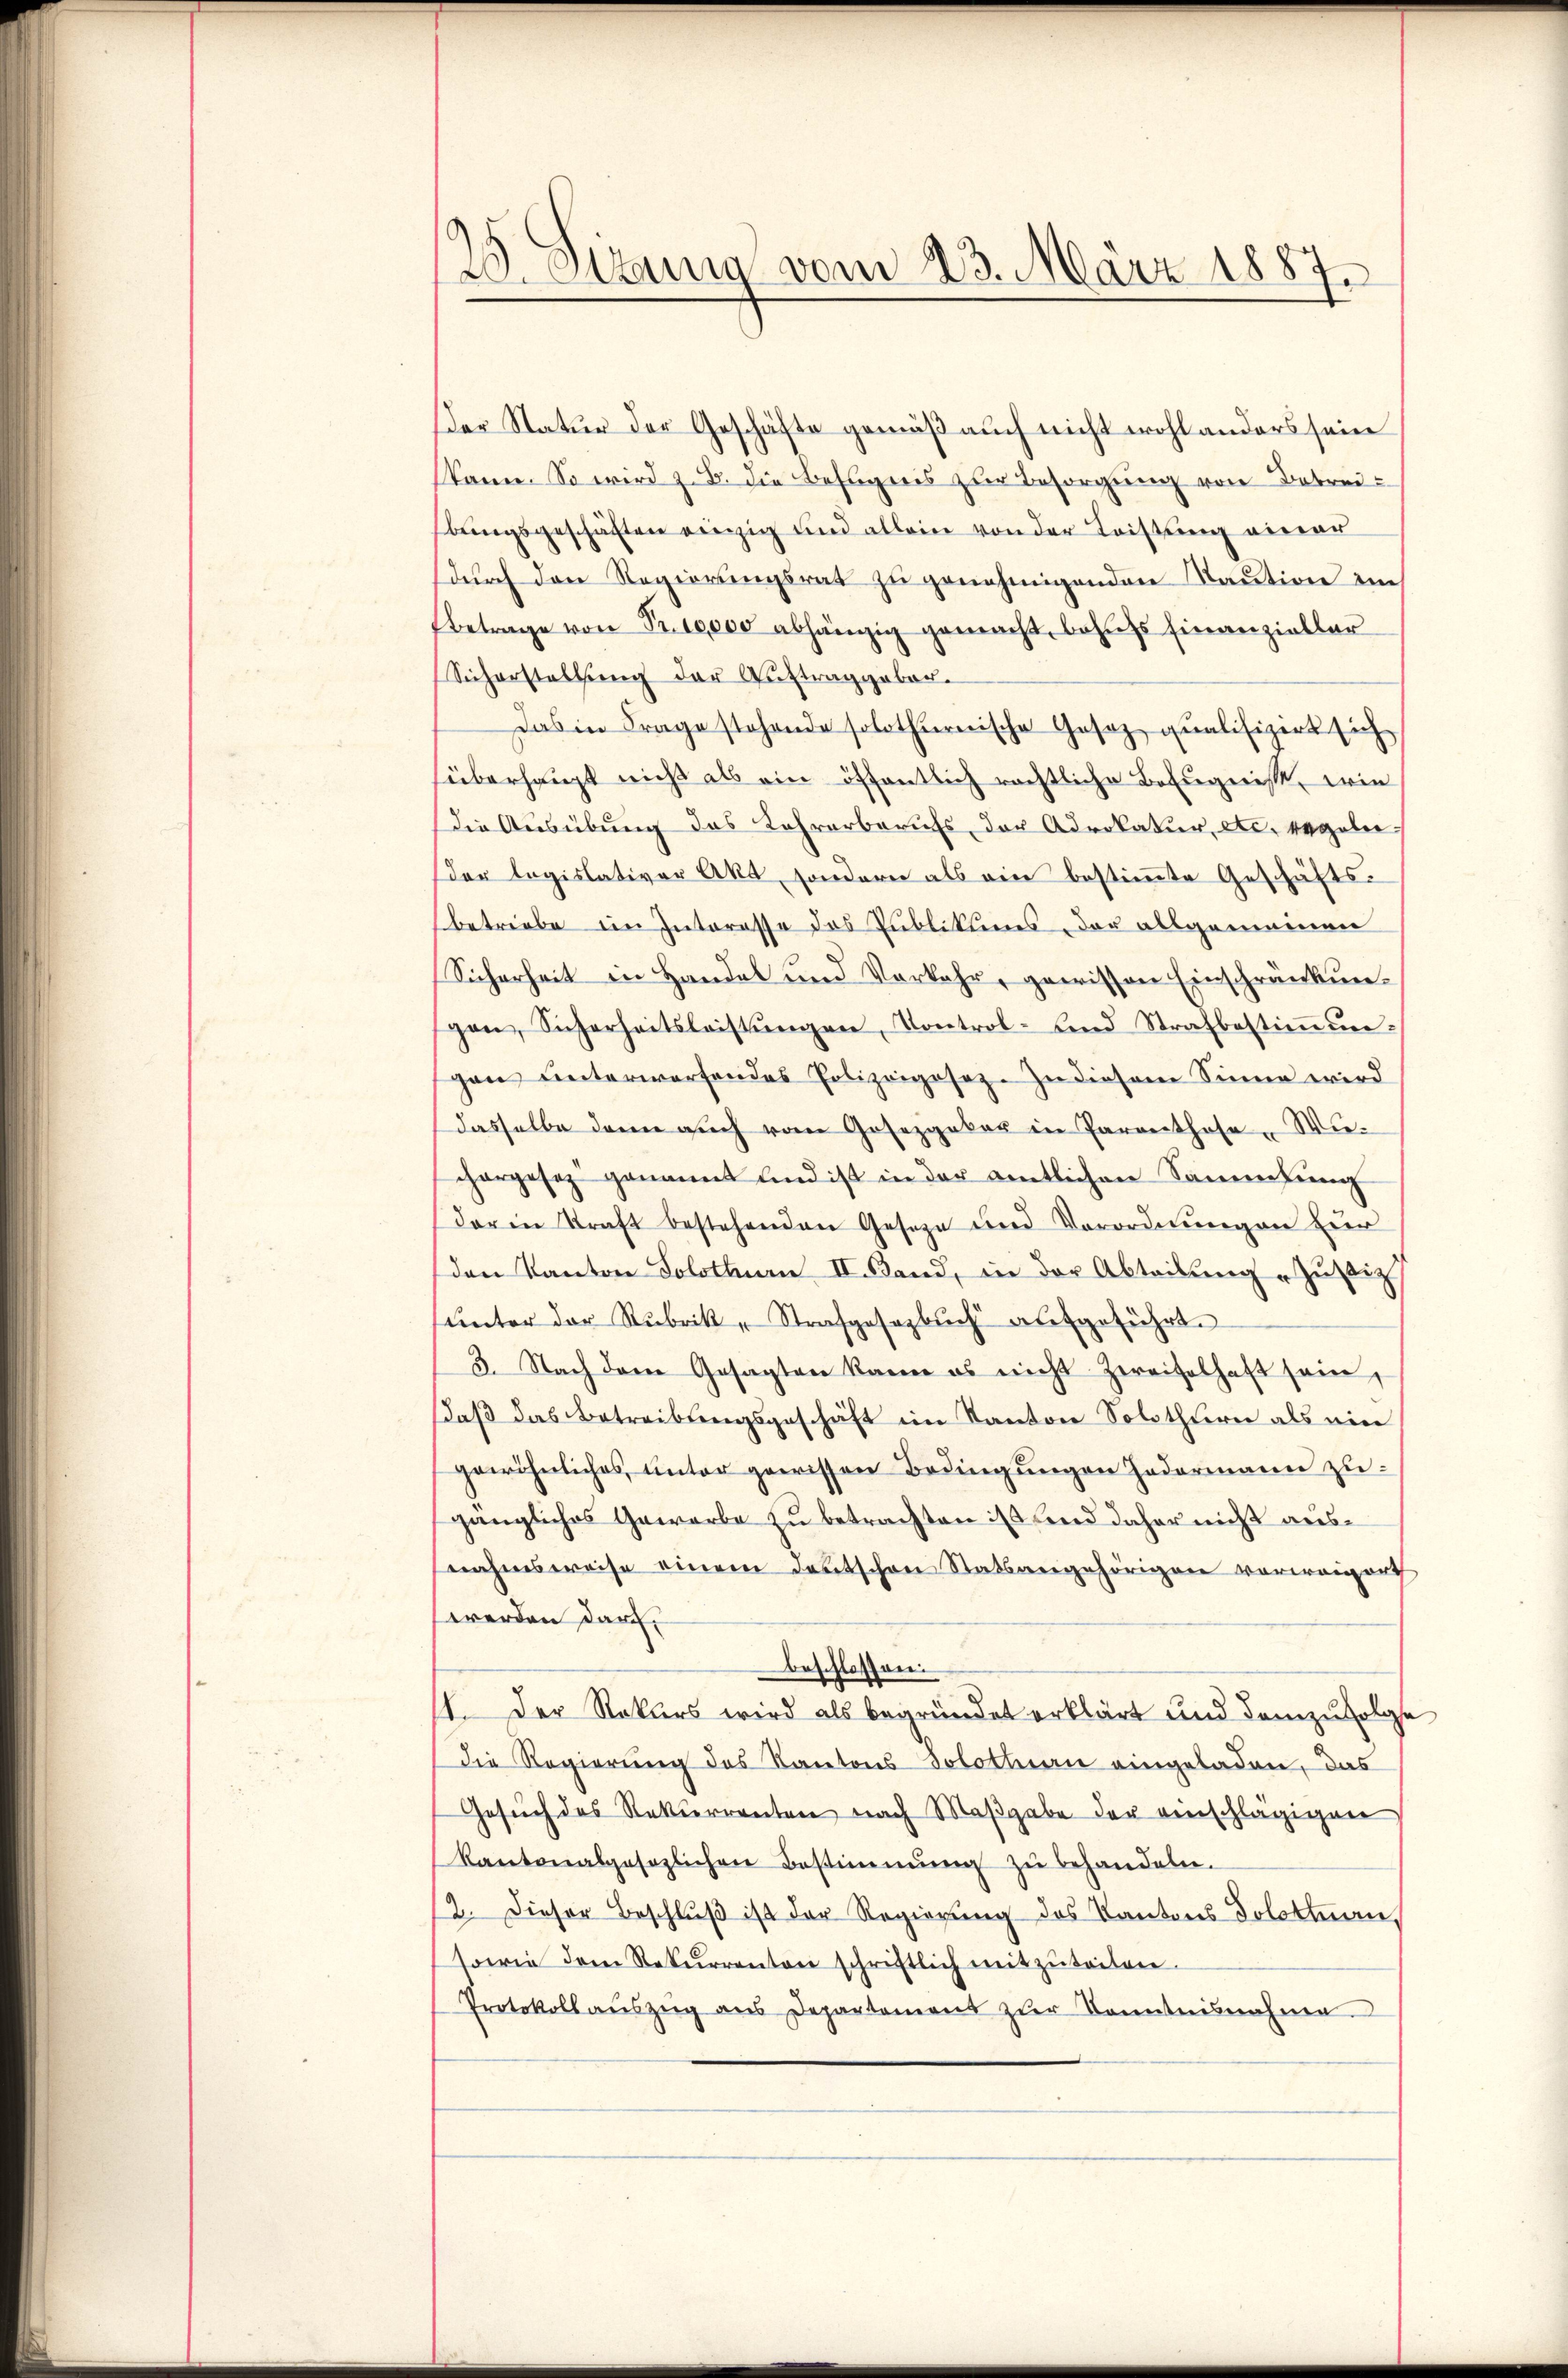
Sizung vom 23. März 1887.

er Natur der Geschäfte gemäß auch nicht wohl anders sein
(kann. So wird z. B. die Befugnis zur Besorgung von Betreibungsgeschäften einzig und allein von der Leistung einer
durch den Regierungsrat zu genehmigenden Kaution im
Betrage von Fr. 10,000 abhängig gemacht, behufs Finanzieller
Sicherstellŭng der Aŭftraggeber.
Das in Frage stehende solothurnische Gesez qualifizirt sich
überhaupt nicht als ein öffentlich rechtliche Befugnisse, wie
Die Ausübung das Lehrerberufs der Advokatur, etc. regeln
der legislativer Akt, sondern als ein bestimmte Geschäftsbetriebe im Interesse des Publikums der allgemeinen
Sicherheit in Handel und Verkehr, gewissen Einschränkunpon, Sicherheitsleistŭngen, Kontrol- und Strafbestiṁŭn-
gen unterworfendes Polizeigesez. Zu diesem Sinne wird
dasselbe dann auch vom Gosezgaker in Parenthose Wiechargesez genannt und ist in der amtlichen Sammlung
darin Kraft bestehenden Geseze und Verordnungen zur
den Kanton Solothurn II. Band, in der Abteilung „Zustiz
ŭnter der Rubrik „Strafgesezbŭch aufgeführt.
3. Nach dem Gesagten kann es nicht zweifelhaft sein,
daβ das Betreibungsgeschäft im Kanton Solothurn als ein
gewöhnliches unter gewissen Bedingungen Hedermann zugängliches Gewarbe zu betrachten ist und daher nicht ausnahmsweise einem Deutschen Statsangehörigen vorweigert
werden darf.
beschlossen:
11. Der Rekurs wird als begründet erklärt und demzufolge
Die Regierŭng des Kantons Solothurn eingeladen, das
Gesŭch des Rekurrenten nach Maβgabe der verschlägigen
kantonalgesezlichen Bestimmung zŭ behandeln.
2. Dieser Beschlŭβ ist der Regierung des Kantons Solothurn,
sowie dem Rekurrenten schriftlich mitzŭteilen.
Protokoll aŭszŭg ans Departement zŭr Kenntnisnahme.